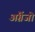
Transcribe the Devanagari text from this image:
अंग्रेंजो